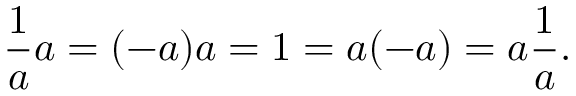
{ \frac { 1 } { a } } a = ( - a ) a = 1 = a ( - a ) = a { \frac { 1 } { a } } .